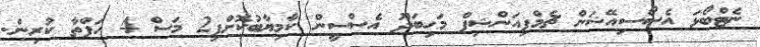
ނެޓްބޯޅަ އެސޯސިއޭޝަން ޗެމްޕިއަންޝިޕް މަހިބަދޫ އެސްސީން ކާމިޔާބުކޮށްފި2 މަސް 4 ހަފްތާ ކުރިން.